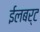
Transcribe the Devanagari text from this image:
ईलबर्ट